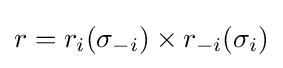
r=r_{i}(\sigma _{-i})\times r_{-i}(\sigma _{i})